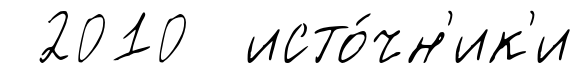
2010 исто́чн'ик'и